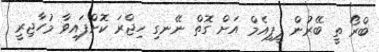
ބްރޯ ތީ ބޭރުން ޕީޕިއެމް އަށް ގޮތް ނޭނގި ހިޖްރަ ކޮށްފައިވާ މުހާޖިރީ